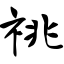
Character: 祧